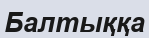
Балтыққа